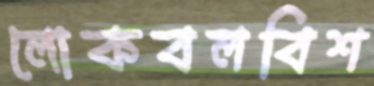
লোকবলবিশ